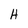
Character: H